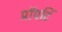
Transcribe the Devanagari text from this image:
प्रॉपर्टि